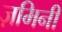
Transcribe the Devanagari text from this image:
ज़मिनी